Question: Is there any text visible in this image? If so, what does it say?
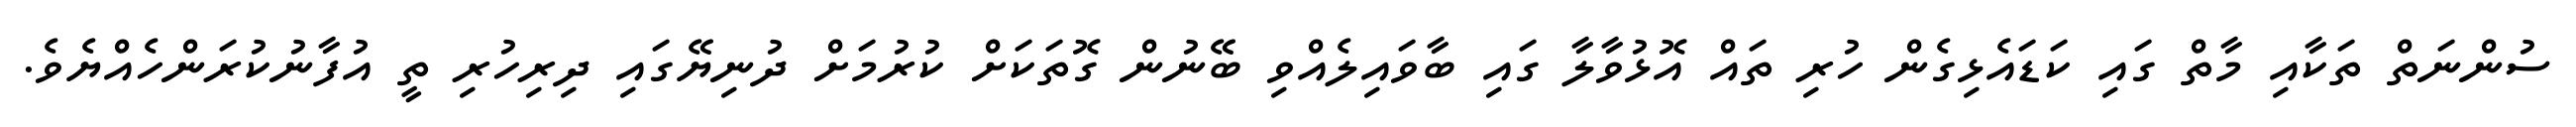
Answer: ސުންނަތް ތަކާއި މާތް ގައި ކަޑައެޅިގެން ހުރި ތައް އޮޅުވާލާ ގައި ބާވައިލެއްވި ބޭނުން ގޮތަކަށް ކުރުމަށް ދުނިޔޭގައި ދިރިހުރި ތީ އުފާނުކުރަންހެއްޔެވެ.